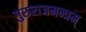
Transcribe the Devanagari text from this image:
गुरुराजमन्त्रम्